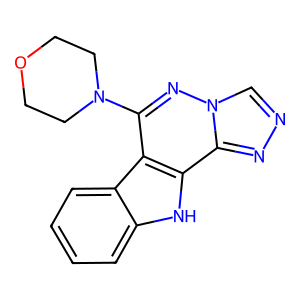
SMILES: c1ccc2c(c1)[nH]c1c2c(N2CCOCC2)nn2cnnc12
Inhibits HIV replication: No